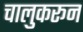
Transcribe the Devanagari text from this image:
चालुकरून